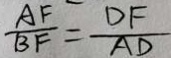
\frac { A F } { B F } = \frac { D F } { A D }